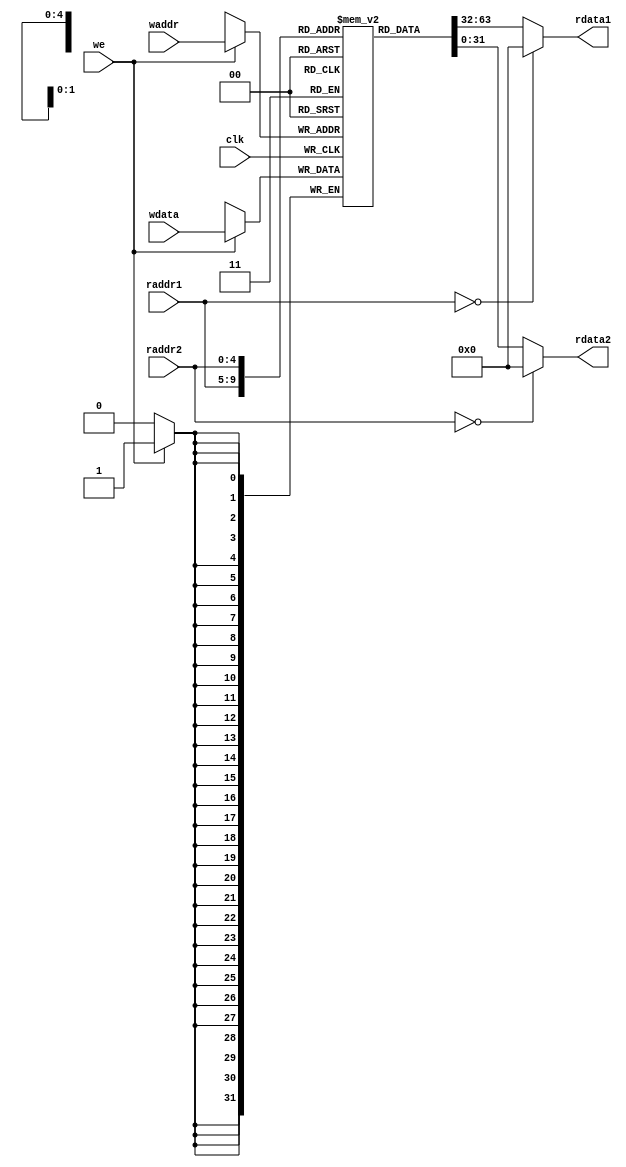
module regfile(
    input         clk,
    // READ PORT 1
    input  [ 4:0] raddr1,
    output [31:0] rdata1,
    // READ PORT 2
    input  [ 4:0] raddr2,
    output [31:0] rdata2,
    // WRITE PORT
    input         we,       //write enable, HIGH valid
    input  [ 4:0] waddr,
    input  [31:0] wdata
);
reg [31:0] rf[31:0];

//WRITE
always @(posedge clk) begin
    if (we) rf[waddr]<= wdata;
end

//READ OUT 1
assign rdata1 = (raddr1==5'b0) ? 32'b0 : rf[raddr1];

//READ OUT 2
assign rdata2 = (raddr2==5'b0) ? 32'b0 : rf[raddr2];

endmodule